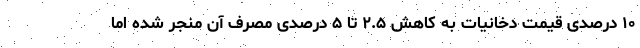
۱۰ درصدی قیمت دخانیات به کاهش ۲.۵ تا ۵ درصدی مصرف آن منجر شده اما